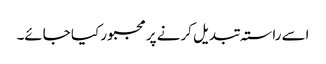
اسے راستہ تبدیل کرنے پر مجبور کیا جائے۔